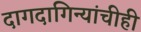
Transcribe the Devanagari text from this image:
दागदागिन्यांचीही